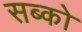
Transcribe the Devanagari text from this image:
सब्को